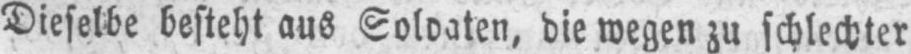
Dieselbe besteht aus Soldaten, die wegen zu schlechter